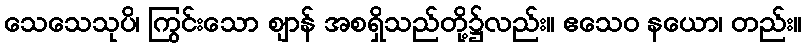
သေသေသုပိ၊ ကြွင်းသော ဈာန် အစရှိသည်တို့၌လည်း။ ဧသေဝ နယော၊ တည်း။